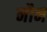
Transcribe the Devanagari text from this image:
नौन